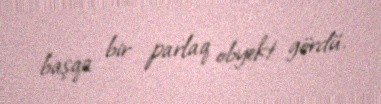
başqa bir parlaq obyekt gördü.